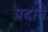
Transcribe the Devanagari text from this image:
प्रदाने